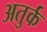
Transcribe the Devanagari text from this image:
अतुर्क